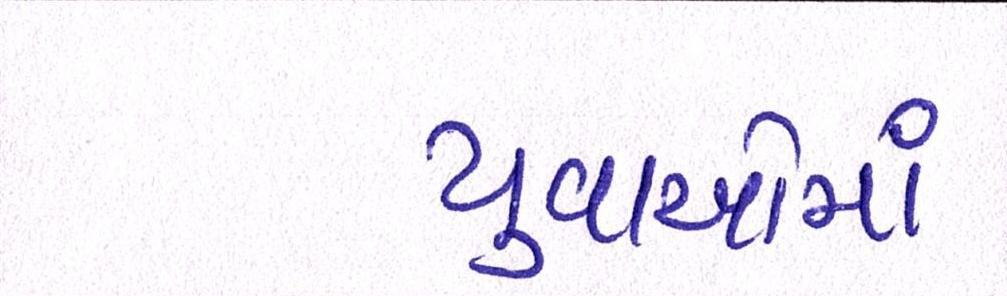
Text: યુવાઓમાં